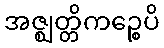
အဇ္ဈတ္တိကဉ္စေပိ